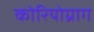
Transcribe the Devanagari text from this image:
कोरियोग्राग